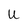
Character: U